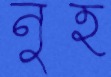
নুহ